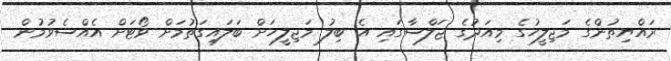
ރައްޔިތުންގެ މަޖިލީހުގެ މިއަދުގެ ޖަލްސާގައި އެ ބިލު މަޖިލީހަށް ބަލައިގަތުމަށް ވޯޓަށް އެއްސެވުމުން